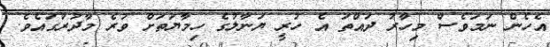
އެހެން ނަމަވެސް މިހާރު ދައްތަ އެ ހުރީ ޔަނާލުގެ ހިމާޔަތަށް ވުރެ މާދުރުގައެވެ.